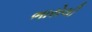
ભારોલી